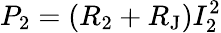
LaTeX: P_{2}=(R_{2}+R_{\mathrm{J}})I_{2}^{2}